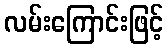
လမ်းကြောင်းဖြင့်